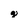
Character: g